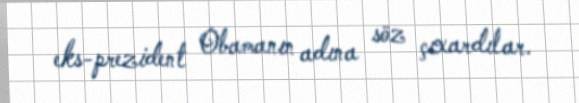
eks-prezident Obamanın adına söz çıxardılar.